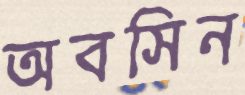
অবসিন